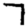
Digit: 7